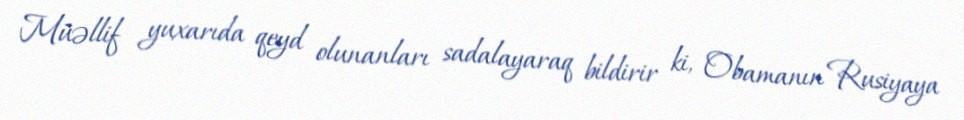
Müəllif yuxarıda qeyd olunanları sadalayaraq bildirir ki, Obamanın Rusiyaya